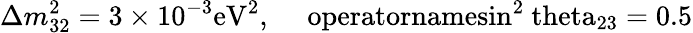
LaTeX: \Delta m_{32}^{2}=3\times 10^{-3}\mathrm{eV^{2},\ \ \ \ \ operatorname{sin}^{2}\ theta_{23}=0.5}